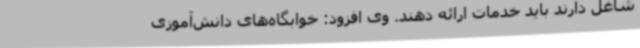
شاغل دارند باید خدمات ارائه دهند. وی افزود: خوابگاه‌های دانش‌آموزی